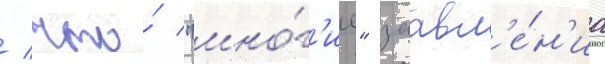
/ что́ "мно́г'ие" заавл'е́н'иа